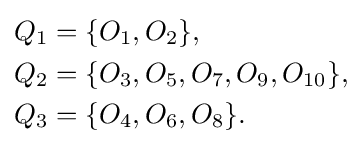
{\begin{aligned}Q_{1}&=\{O_{1},O_{2}\},\\Q_{2}&=\{O_{3},O_{5},O_{7},O_{9},O_{10}\},\\Q_{3}&=\{O_{4},O_{6},O_{8}\}.\end{aligned}}